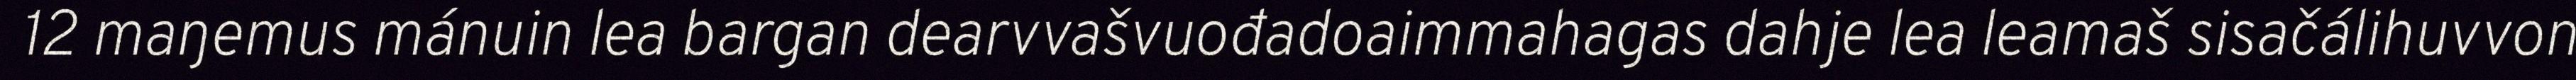
12 maŋemus mánuin lea bargan dearvvašvuođadoaimmahagas dahje lea leamaš sisačálihuvvon